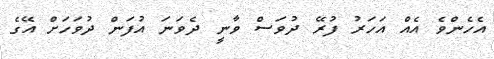
އެހެންވެ އެއް އަހަރު ފުރޭ ދުވަސް ވާނީ ދެވަނަ އުފަން ދުވަަހަށް އޭގެ